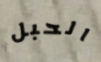
الحبل